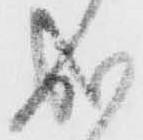
成